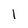
Character: I